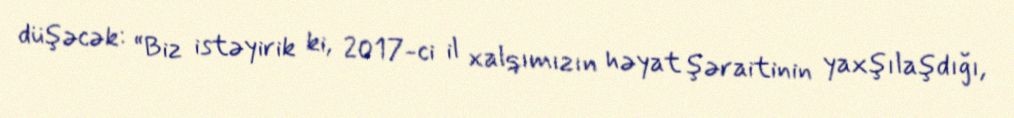
düşəcək: “Biz istəyirik ki, 2017-ci il xalqımızın həyat şəraitinin yaxşılaşdığı,